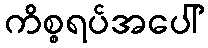
ကိစ္စရပ်အပေါ်